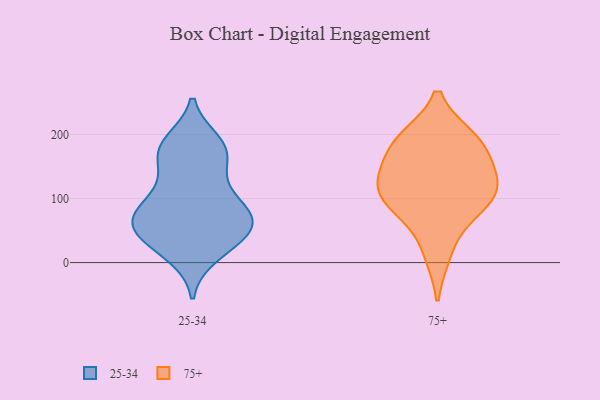
{"axis": {"x": "Latency (ms)", "y": "Value"}, "legend": ["25-34", "75+"], "data": [{"x": "", "y": 79, "type": "25-34"}, {"x": "", "y": 178, "type": "25-34"}, {"x": "", "y": 63, "type": "25-34"}, {"x": "", "y": 122, "type": "25-34"}, {"x": "", "y": 54, "type": "25-34"}, {"x": "", "y": 113, "type": "25-34"}, {"x": "", "y": 40, "type": "25-34"}, {"x": "", "y": 44, "type": "25-34"}, {"x": "", "y": 83, "type": "25-34"}, {"x": "", "y": 163, "type": "25-34"}, {"x": "", "y": 65, "type": "25-34"}, {"x": "", "y": 81, "type": "25-34"}, {"x": "", "y": 187, "type": "25-34"}, {"x": "", "y": 175, "type": "25-34"}, {"x": "", "y": 13, "type": "25-34"}, {"x": "", "y": 61, "type": "25-34"}, {"x": "", "y": 22, "type": "25-34"}, {"x": "", "y": 177, "type": "25-34"}, {"x": "", "y": 187, "type": "75+"}, {"x": "", "y": 193, "type": "75+"}, {"x": "", "y": 111, "type": "75+"}, {"x": "", "y": 103, "type": "75+"}, {"x": "", "y": 14, "type": "75+"}, {"x": "", "y": 129, "type": "75+"}, {"x": "", "y": 194, "type": "75+"}, {"x": "", "y": 73, "type": "75+"}, {"x": "", "y": 93, "type": "75+"}, {"x": "", "y": 157, "type": "75+"}, {"x": "", "y": 132, "type": "75+"}]}